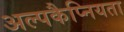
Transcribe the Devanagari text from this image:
अल्पकैप्नियता